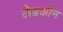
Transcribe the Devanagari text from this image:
लेब्रओन